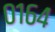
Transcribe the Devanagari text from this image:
०१६४